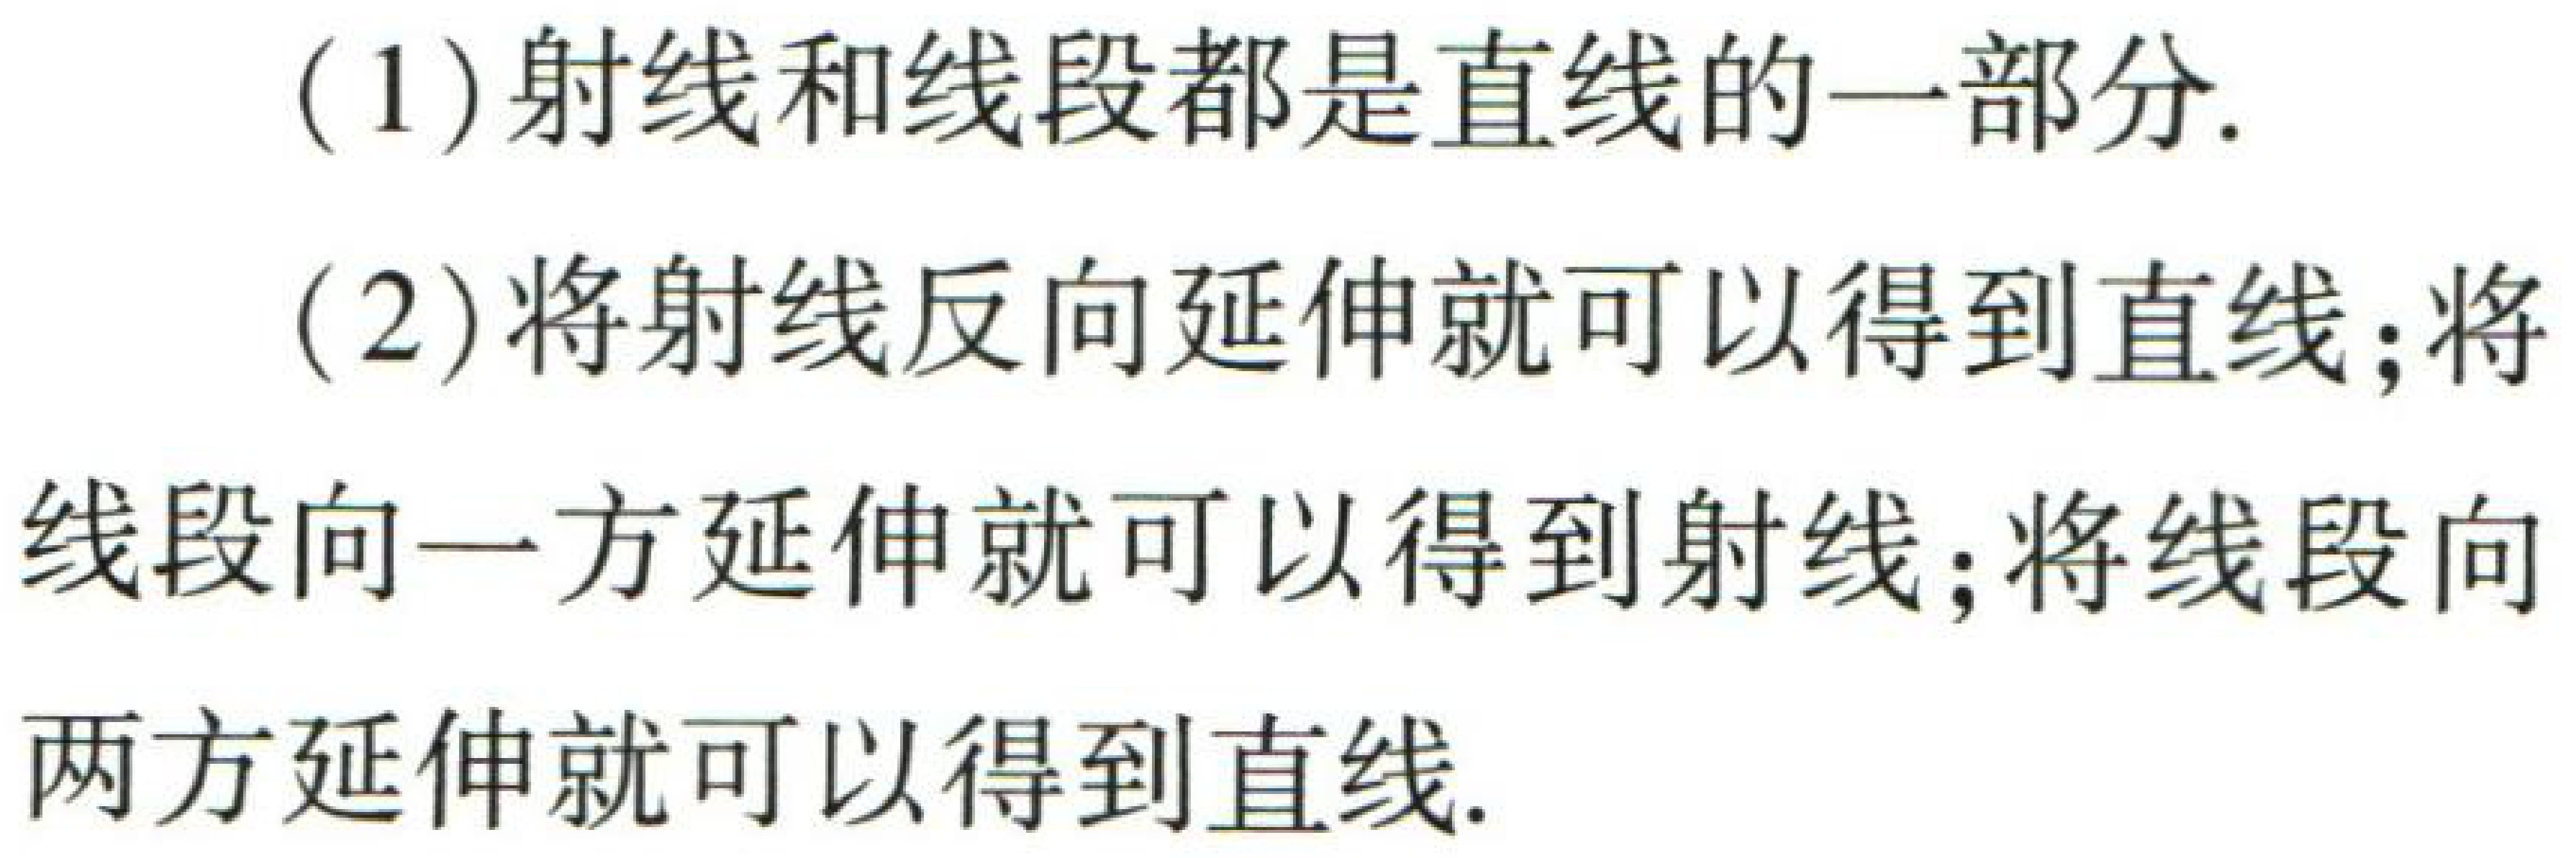
(1) 射线和线段都是直线的一部分.

(2) 将射线反向延伸就可以得到直线；将线段向一方延伸就可以得到射线；将线段向两方延伸就可以得到直线.